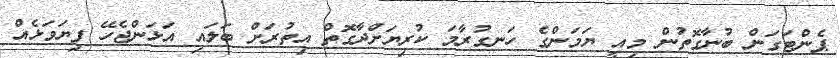
ޕެންޓަގަން ބުނާގޮތުން މިއީ ޔަމަންގެ ހަނގުރާމަ ކުރިޔަށްދާގޮތް އިތުރަށް ބަލައި އަޅަންޖެހޭ ފިޔަވަޅެއް